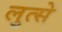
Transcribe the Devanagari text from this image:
लुत्से